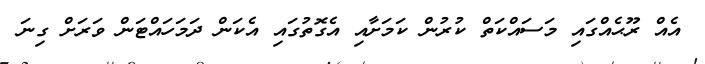
އެއް ރޫޙެއްގައި މަސައްކަތް ކުރުން ކަމަށާއި އެގޮތުގައި އެކަން ދަމަހައްޓަން ވަރަށް ގިނަ